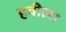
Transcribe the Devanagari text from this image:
हवीला